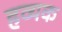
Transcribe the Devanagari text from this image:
हव्यक